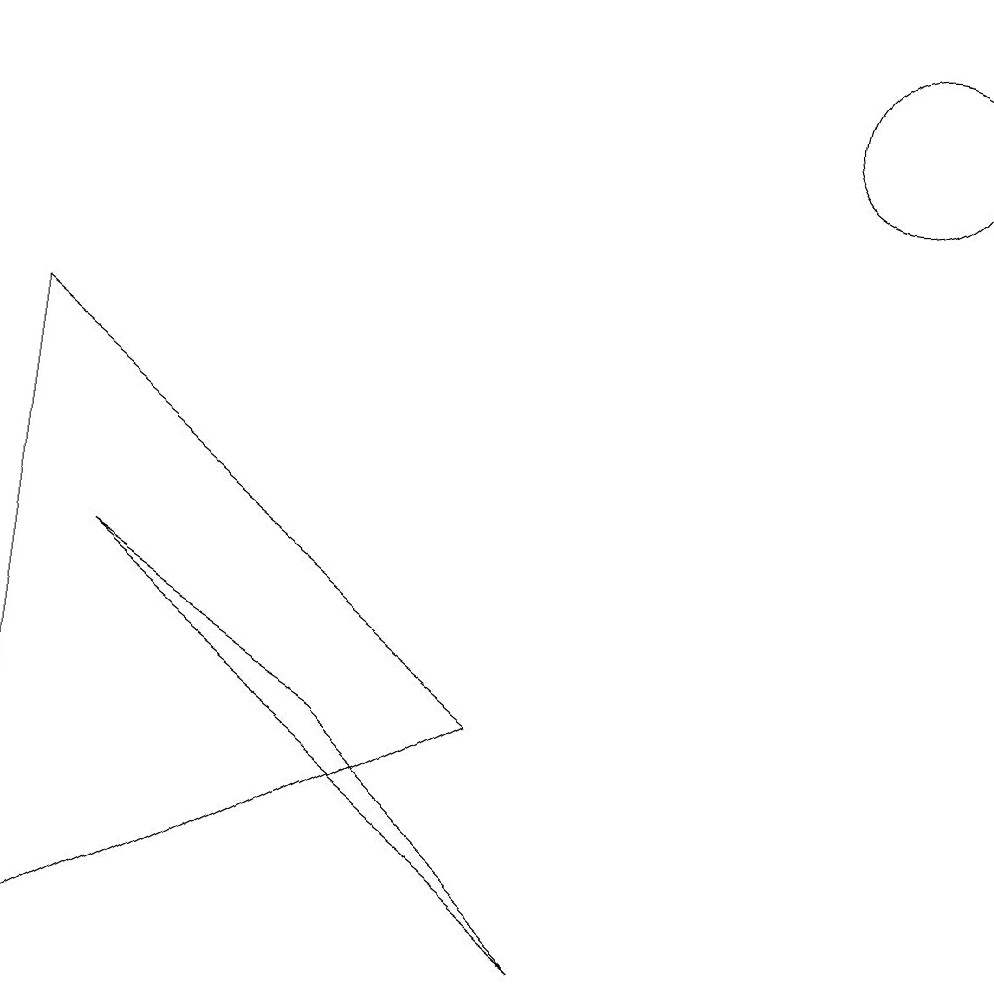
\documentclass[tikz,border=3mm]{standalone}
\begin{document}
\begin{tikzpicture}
\draw (11,12) circle (1);
\draw (1,6) -- (7,1) -- (4,4) -- cycle;
\draw (0,9) -- (0,1) -- (6,4) -- cycle;
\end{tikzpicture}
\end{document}